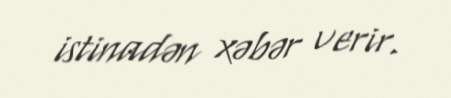
istinadən xəbər verir.